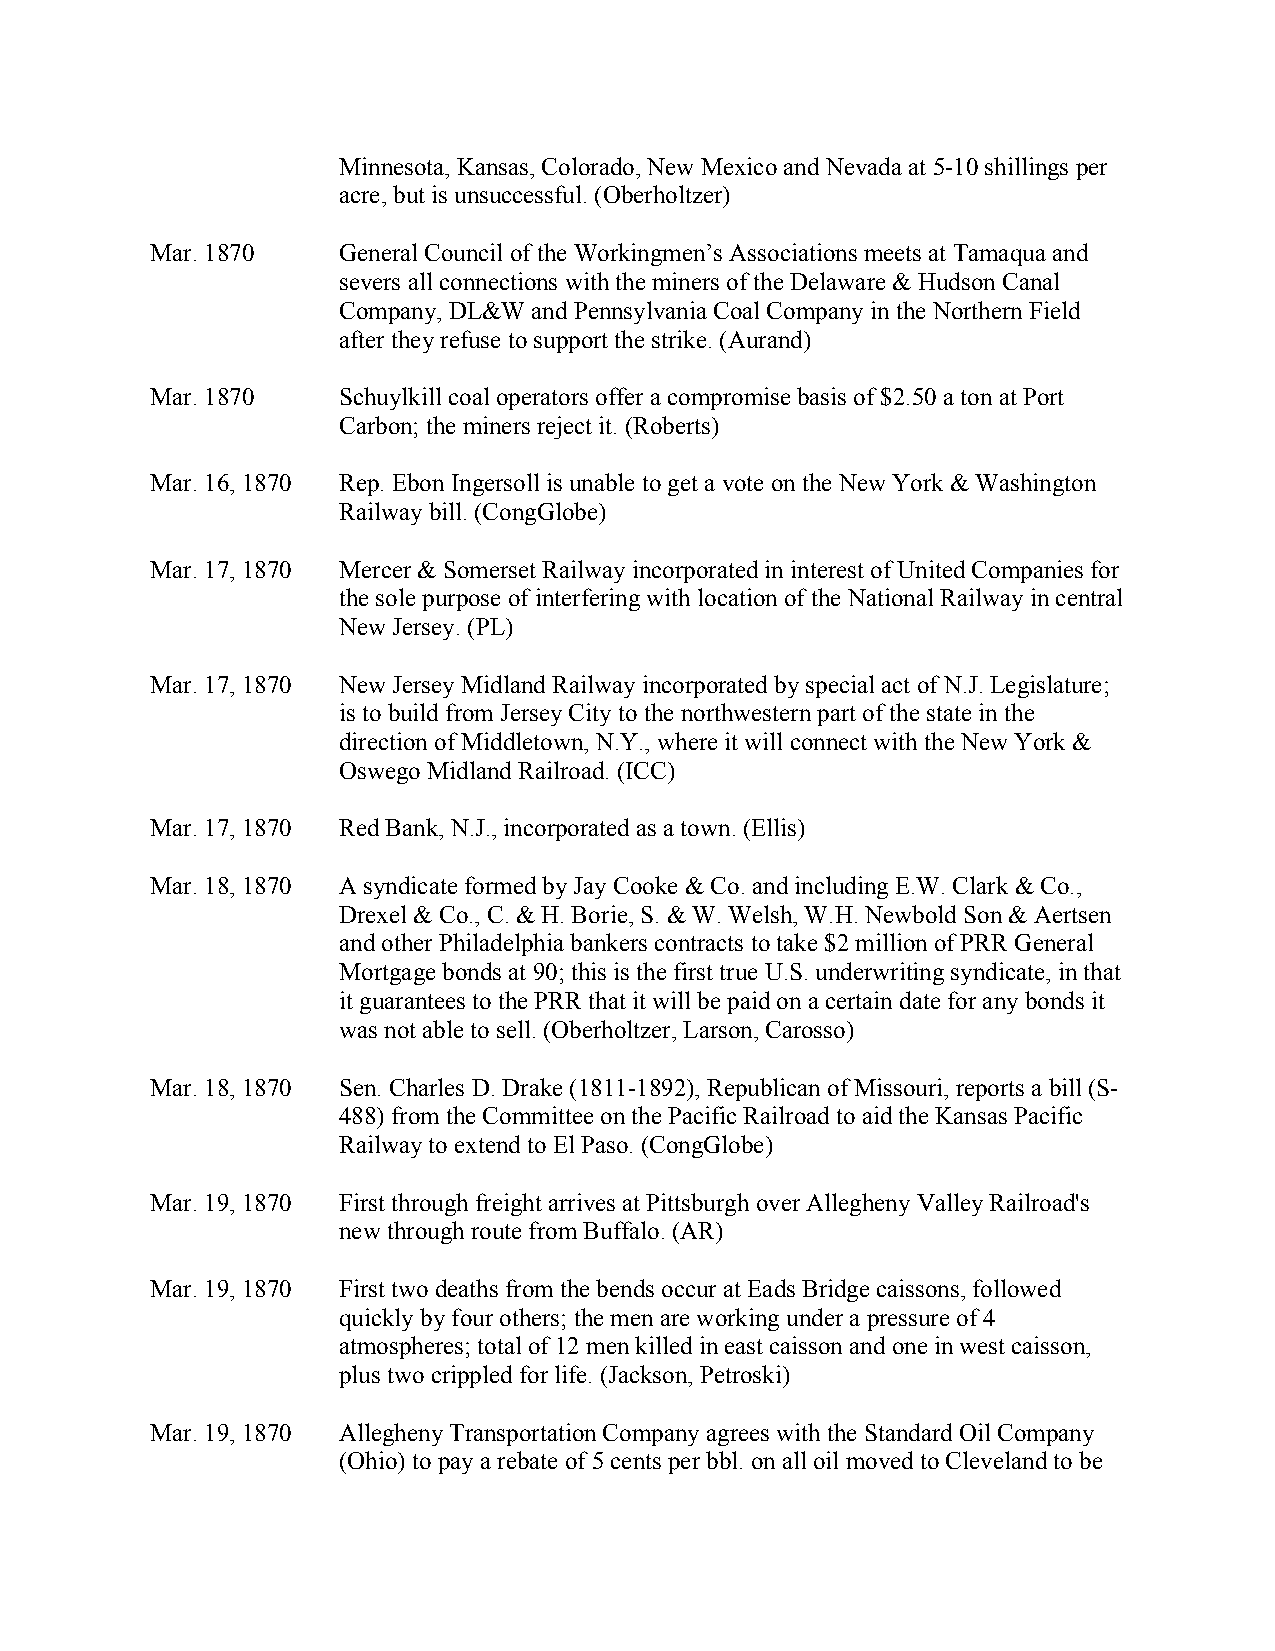
Minnesota, Kansas, Colorado, New Mexico and Nevada at 5-10 shillings per
 acre, but is unsuccessful. (Oberholtzer)
 Mar. 1870   General Council of the Workingmen’s Associations meets at Tamaqua and
 severs all connections with the miners of the Delaware & Hudson Canal
 Company, DL&W and Pennsylvania Coal Company in the Northern Field
 after they refuse to support the strike. (Aurand)
 Mar. 1870   Schuylkill coal operators offer a compromise basis of $2.50 a ton at Port
 Carbon; the miners reject it. (Roberts)
 Mar. 16, 1870 Rep. Ebon Ingersoll is unable to get a vote on the New York & Washington
 Railway bill. (CongGlobe)
 Mar. 17, 1870 Mercer & Somerset Railway incorporated in interest of United Companies for
 the sole purpose of interfering with location of the National Railway in central
 New Jersey. (PL)
 Mar. 17, 1870 New Jersey Midland Railway incorporated by special act of N.J. Legislature;
 is to build from Jersey City to the northwestern part of the state in the
 direction of Middletown, N.Y., where it will connect with the New York &
 Oswego Midland Railroad. (ICC)
 Mar. 17, 1870 Red Bank, N.J., incorporated as a town. (Ellis)
 Mar. 18, 1870 A syndicate formed by Jay Cooke & Co. and including E.W. Clark & Co.,
 Drexel & Co., C. & H. Borie, S. & W. Welsh, W.H. Newbold Son & Aertsen
 and other Philadelphia bankers contracts to take $2 million of PRR General
 Mortgage bonds at 90; this is the first true U.S. underwriting syndicate, in that
 it guarantees to the PRR that it will be paid on a certain date for any bonds it
 was not able to sell. (Oberholtzer, Larson, Carosso)
 Mar. 18, 1870 Sen. Charles D. Drake (1811-1892), Republican of Missouri, reports a bill (S-
 488) from the Committee on the Pacific Railroad to aid the Kansas Pacific
 Railway to extend to El Paso. (CongGlobe)
 Mar. 19, 1870 First through freight arrives at Pittsburgh over Allegheny Valley Railroad's
 new through route from Buffalo. (AR)
 Mar. 19, 1870 First two deaths from the bends occur at Eads Bridge caissons, followed
 quickly by four others; the men are working under a pressure of 4
 atmospheres; total of 12 men killed in east caisson and one in west caisson,
 plus two crippled for life. (Jackson, Petroski)
 Mar. 19, 1870 Allegheny Transportation Company agrees with the Standard Oil Company
 (Ohio) to pay a rebate of 5 cents per bbl. on all oil moved to Cleveland to be